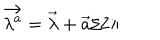
LaTeX: \vec { \lambda ^ { a } } = \vec { \lambda } + \vec { a } / 2 \pi